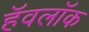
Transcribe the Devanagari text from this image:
हॅवलॉक